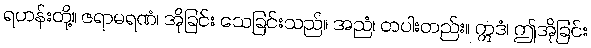
ရဟန်းတို့။ ဇရာမရဏံ၊ အိုခြင်း သေခြင်းသည်။ အညံ၊ တပါးတည်း။ ဣဒံ၊ ဤအိုခြင်း